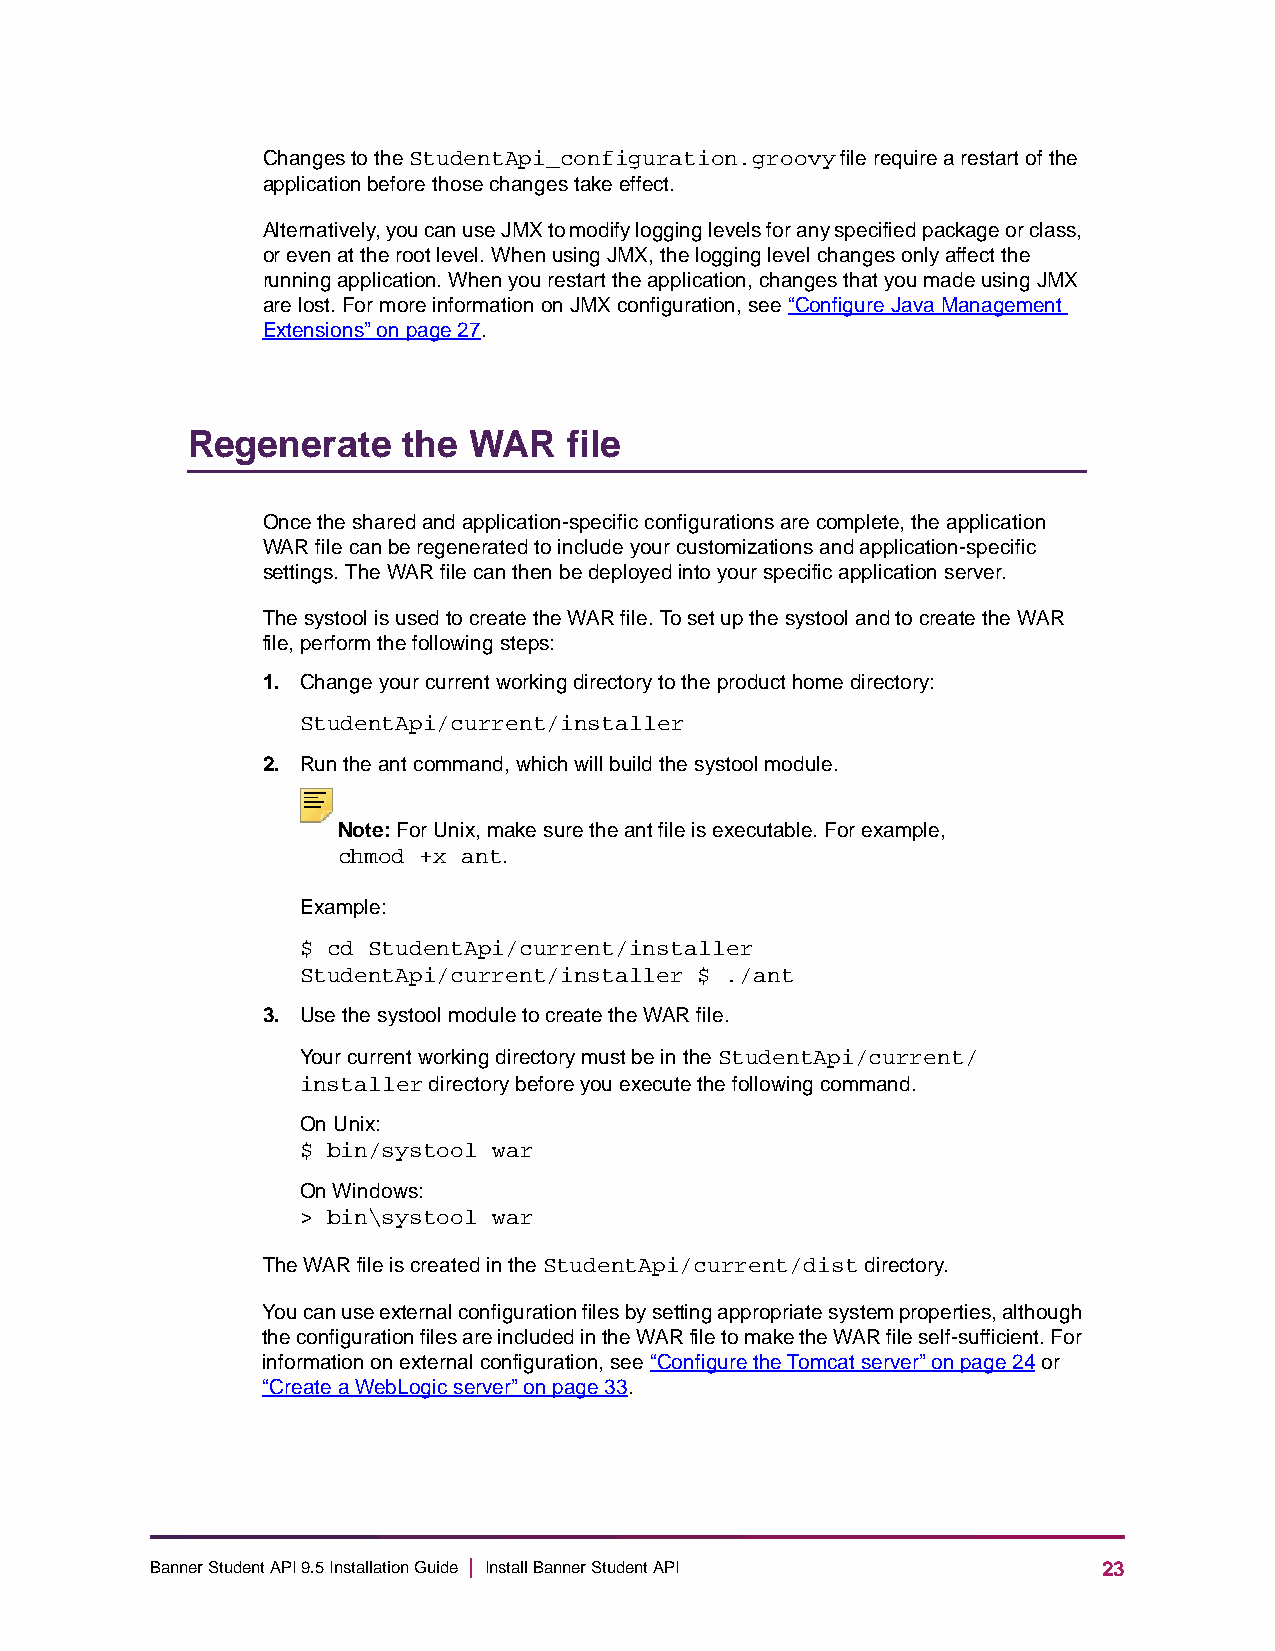
Changes to the StudentApi_configuration.groovy file require a restart of the
 application before those changes take effect.
 Alternatively, you can use JMX to modify logging levels for any specified package or class,
 or even at the root level. When using JMX, the logging level changes only affect the
 running application. When you restart the application, changes that you made using JMX
 are lost. For more information on JMX configuration, see “Configure Java Management
 Extensions” on page27.
 Regenerate     the WAR    file
 Once the shared and application-specific configurations are complete, the application
 WAR file can be regenerated to include your customizations and application-specific
 settings. The WAR file can then be deployed into your specific application server.
 The systool is used to create the WAR file. To set up the systool and to create the WAR
 file, perform the following steps:
 1. Change your current working directory to the product home directory:
 StudentApi/current/installer
 2. Run the ant command, which will build the systool module.
 Note: For Unix, make sure the ant file is executable. For example,
 chmod +x ant.
 Example:
 $ cd StudentApi/current/installer
 StudentApi/current/installer $ ./ant
 3. Use the systool module to create the WAR file.
 Your current working directory must be in the StudentApi/current/
 installer directory before you execute the following command.
 On Unix:
 $ bin/systool war
 On Windows:
 > bin\systool war
 The WAR file is created in the StudentApi/current/dist directory.
 You can use external configuration files by setting appropriate system properties, although
 the configuration files are included in the WAR file to make the WAR file self-sufficient. For
 information on external configuration, see “Configure the Tomcat server” on page24 or
 “Create a WebLogic server” on page33.
 Banner Student API 9.5 Installation Guide | Install Banner Student API 23